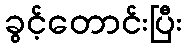
ခွင့်တောင်းပြီး